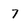
Character: 7